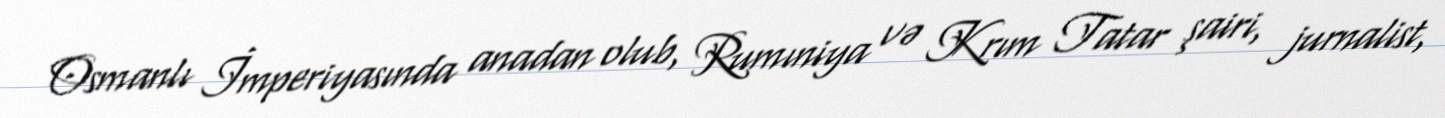
Osmanlı İmperiyasında anadan olub, Rumıniya və Krım Tatar şairi, jurnalist,